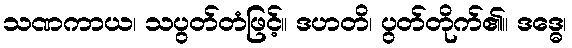
သဏကာယ၊ သပွတ်တံဖြင့်။ ဒဟတိ၊ ပွတ်တိုက်၏။ ဒဒ္ဓေ၊